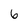
Character: 6